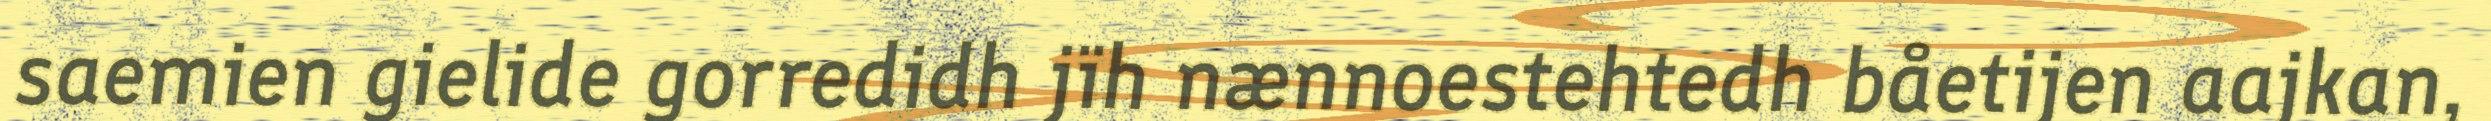
saemien gielide gorredidh jïh nænnoestehtedh båetijen aajkan,